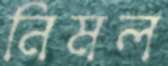
নিমল